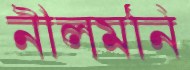
নীলমনি